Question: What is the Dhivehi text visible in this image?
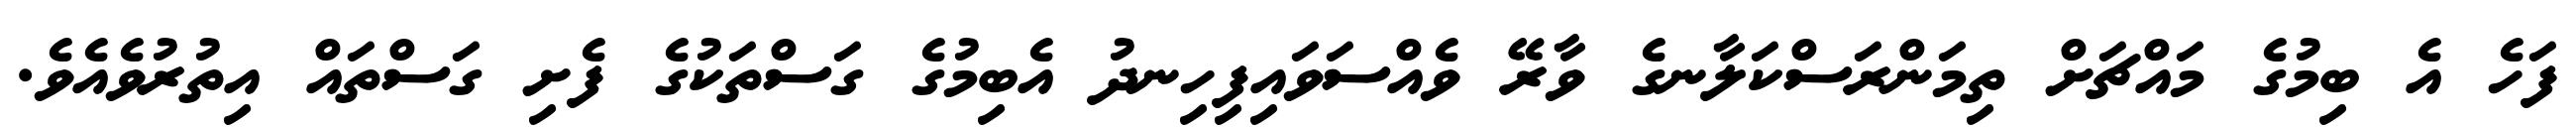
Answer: ފަހެ އެ ބިމުގެ މައްޗަށް ތިމަންރަސްކަލާނގެ ވާރޭ ވެއްސަވައިފިހިނދު އެބިމުގެ ގަސްތަކުގެ ފެށި ގަސްތައް އިތުރުވެއެވެ.